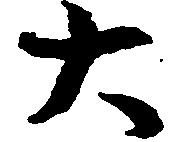
大